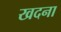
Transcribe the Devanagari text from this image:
खदना